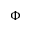
\Phi